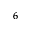
^ { 6 }